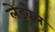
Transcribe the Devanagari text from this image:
लेडवेल